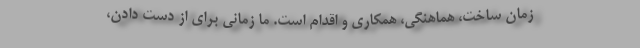
زمان ساخت، هماهنگی، همکاری و اقدام است. ما زمانی برای از دست دادن،